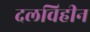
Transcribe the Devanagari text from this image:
दलविहीन